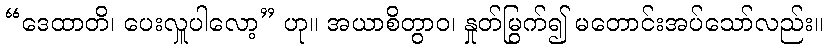
“ဒေထာတိ၊ ပေးလှူပါလော့” ဟု။ အယာစိတွာဝ၊ နှုတ်မြွက်၍ မတောင်းအပ်သော်လည်း။